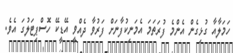
ހަމަލާއާ ގުޅިގެން އެންމެ ފުރަތަމަ އެމަނިކުފާނަށް ފަރުވާ ދެއްވީ އޭޑީކޭ ހޮސްޕިޓަލުގަ އެވެ.